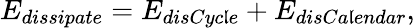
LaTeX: E_{dissipate}=E_{disCyc\mathfrak{l}e}+E_{disCa\mathfrak{l}endar},